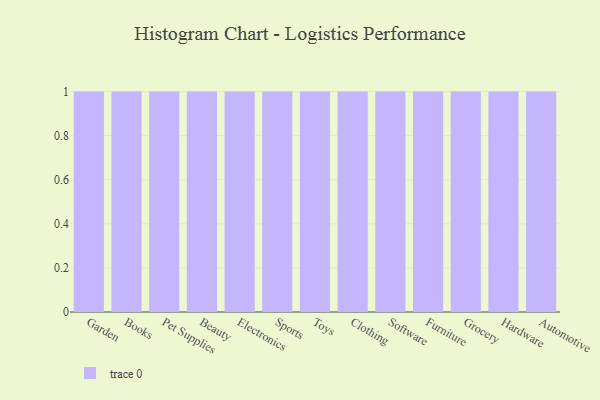
{"axis": {"x": "Category", "y": "Page Views"}, "legend": [""], "data": [{"x": "Garden", "y": 80, "type": ""}, {"x": "Books", "y": 76, "type": ""}, {"x": "Pet Supplies", "y": 36, "type": ""}, {"x": "Beauty", "y": 32, "type": ""}, {"x": "Electronics", "y": 37, "type": ""}, {"x": "Sports", "y": 77, "type": ""}, {"x": "Toys", "y": 77, "type": ""}, {"x": "Clothing", "y": 63, "type": ""}, {"x": "Software", "y": 77, "type": ""}, {"x": "Furniture", "y": 77, "type": ""}, {"x": "Grocery", "y": 55, "type": ""}, {"x": "Hardware", "y": 8, "type": ""}, {"x": "Automotive", "y": 34, "type": ""}]}